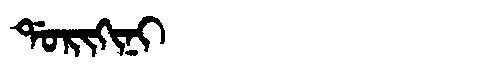
Manchu: ᡩᠣᡵᡳᡴᡳᠨᡳ
Romanization: DORIKINI